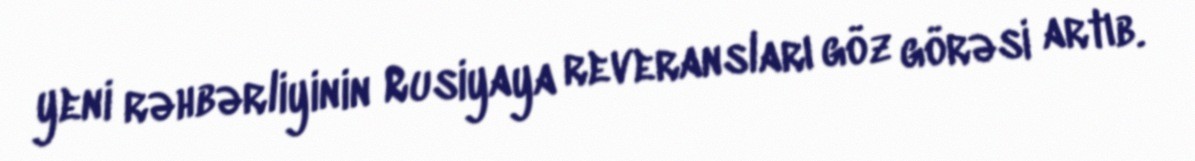
yeni rəhbərliyinin Rusiyaya reveransları göz görəsi artıb.